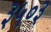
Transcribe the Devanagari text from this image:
३५०३